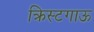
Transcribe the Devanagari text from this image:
क्रिस्टगाऊ